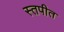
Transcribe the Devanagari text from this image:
स्तपीत